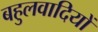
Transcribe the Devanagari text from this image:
बहुलवादियों